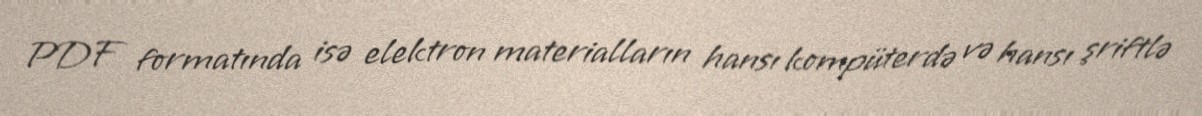
PDF formatında isə elektron materialların hansı kompüterdə və hansı şriftlə